Problem: 20 + 36 = ?
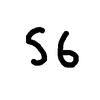
Handwritten answer: 56